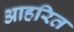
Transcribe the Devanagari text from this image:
आहरित